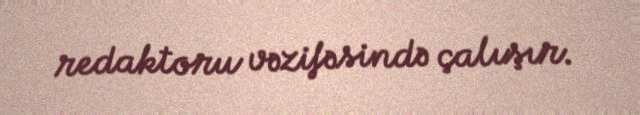
redaktoru vəzifəsində çalışır.